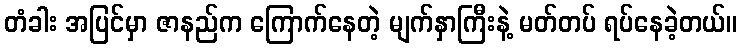
တံခါး အပြင်မှာ ဇာနည်က ကြောက်နေတဲ့ မျက်နှာကြီးနဲ့ မတ်တပ် ရပ်နေခဲ့တယ်။